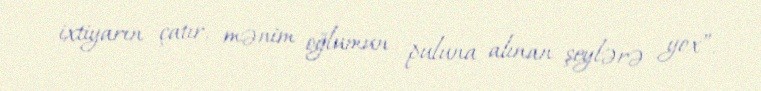
ixtiyarın çatır, mənim oğlumun puluna alınan şeylərə yox”.